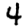
Digit: 4